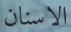
الاسنان